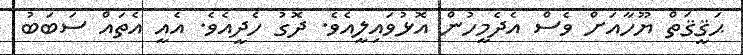
ޙަޤީޤަތް ޔޫހާއަށް ވެސް އެދެމީހުން އޮޅުވައިލީއެވެ. ދޮގު ހެދީއެވެ. އެއީ އެތައް ސަބަބު